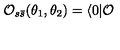
\mathcal { O } _ { s \bar { s } } ( \theta _ { 1 } , \theta _ { 2 } ) = \langle 0 | \mathcal { O }